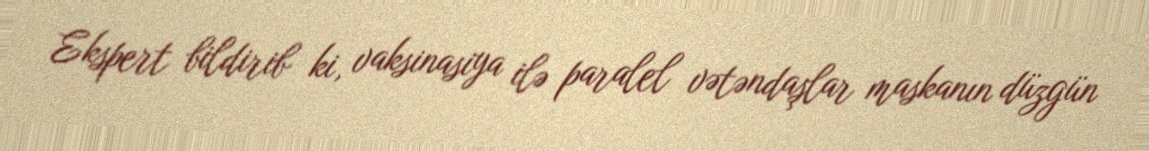
Ekspert bildirib ki, vaksinasiya ilə paralel vətəndaşlar maskanın düzgün